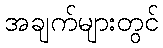
အချက်များတွင်